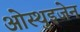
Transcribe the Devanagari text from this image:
ओस्थुइजेन